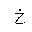
Letter: _kha